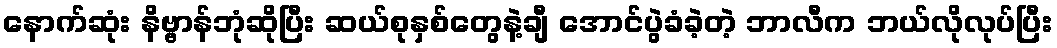
နောက်ဆုံး နိဗ္ဗာန်ဘုံဆိုပြီး ဆယ်စုနှစ်တွေနဲ့ချီ အောင်ပွဲခံခဲ့တဲ့ ဘာလီက ဘယ်လိုလုပ်ပြီး